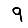
Digit: 9